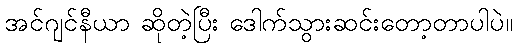
အင်ဂျင်နီယာ ဆိုတဲ့ပြီး ဒေါက်သွားဆင်းတော့တာပါပဲ။